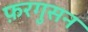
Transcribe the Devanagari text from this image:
फ़रगुसन